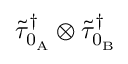
\widetilde { \tau } _ { 0 _ { \mathrm { A } } } ^ { \dagger } \otimes \widetilde { \tau } _ { 0 _ { \mathrm { B } } } ^ { \dagger }